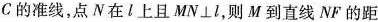
c的准线，点N在l上且MN\perp l，则M到直线NF的距